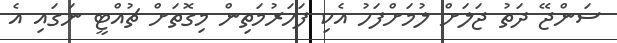
ސަންޖޭ ދަތު ޖަލަށް ލުމަށްފަހު އެކި ފަހަރުމަތިން މިގޮތަށް ޗުއްޓީ ނަގައި އެ